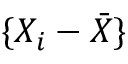
\{ X _ { i } - { \bar { X } } \}